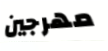
مهرجين